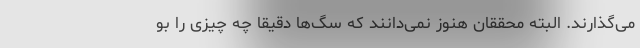
می‌گذارند. البته محققان هنوز نمی‌دانند که سگ‌ها دقیقا چه چیزی را بو